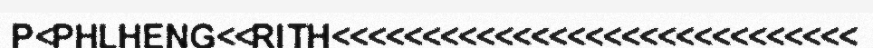
P<PHLHENG<<RITH<<<<<<<<<<<<<<<<<<<<<<<<<<<<<